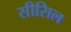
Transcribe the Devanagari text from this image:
सीसिल